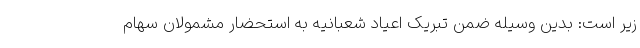
زیر است: بدین وسیله ضمن تبریک اعیاد شعبانیه به استحضار مشمولان سهام